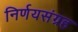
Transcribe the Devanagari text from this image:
निर्णयसंग्रह